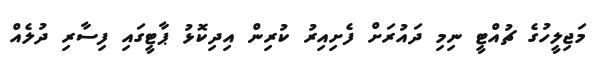
މަޖިލީހުގެ ޗުއްޓީ ނިމި ދައުރަށް ފެށިއިރު ކުރިން އިދިކޮޅު ޕާޓީގައި ފިސާރި ދުލެއް